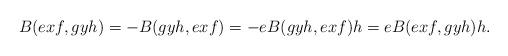
LaTeX: \begin{align*}B(exf,gyh)&=-B(gyh,exf)=-eB(gyh,exf)h=eB(exf,gyh)h.\end{align*}